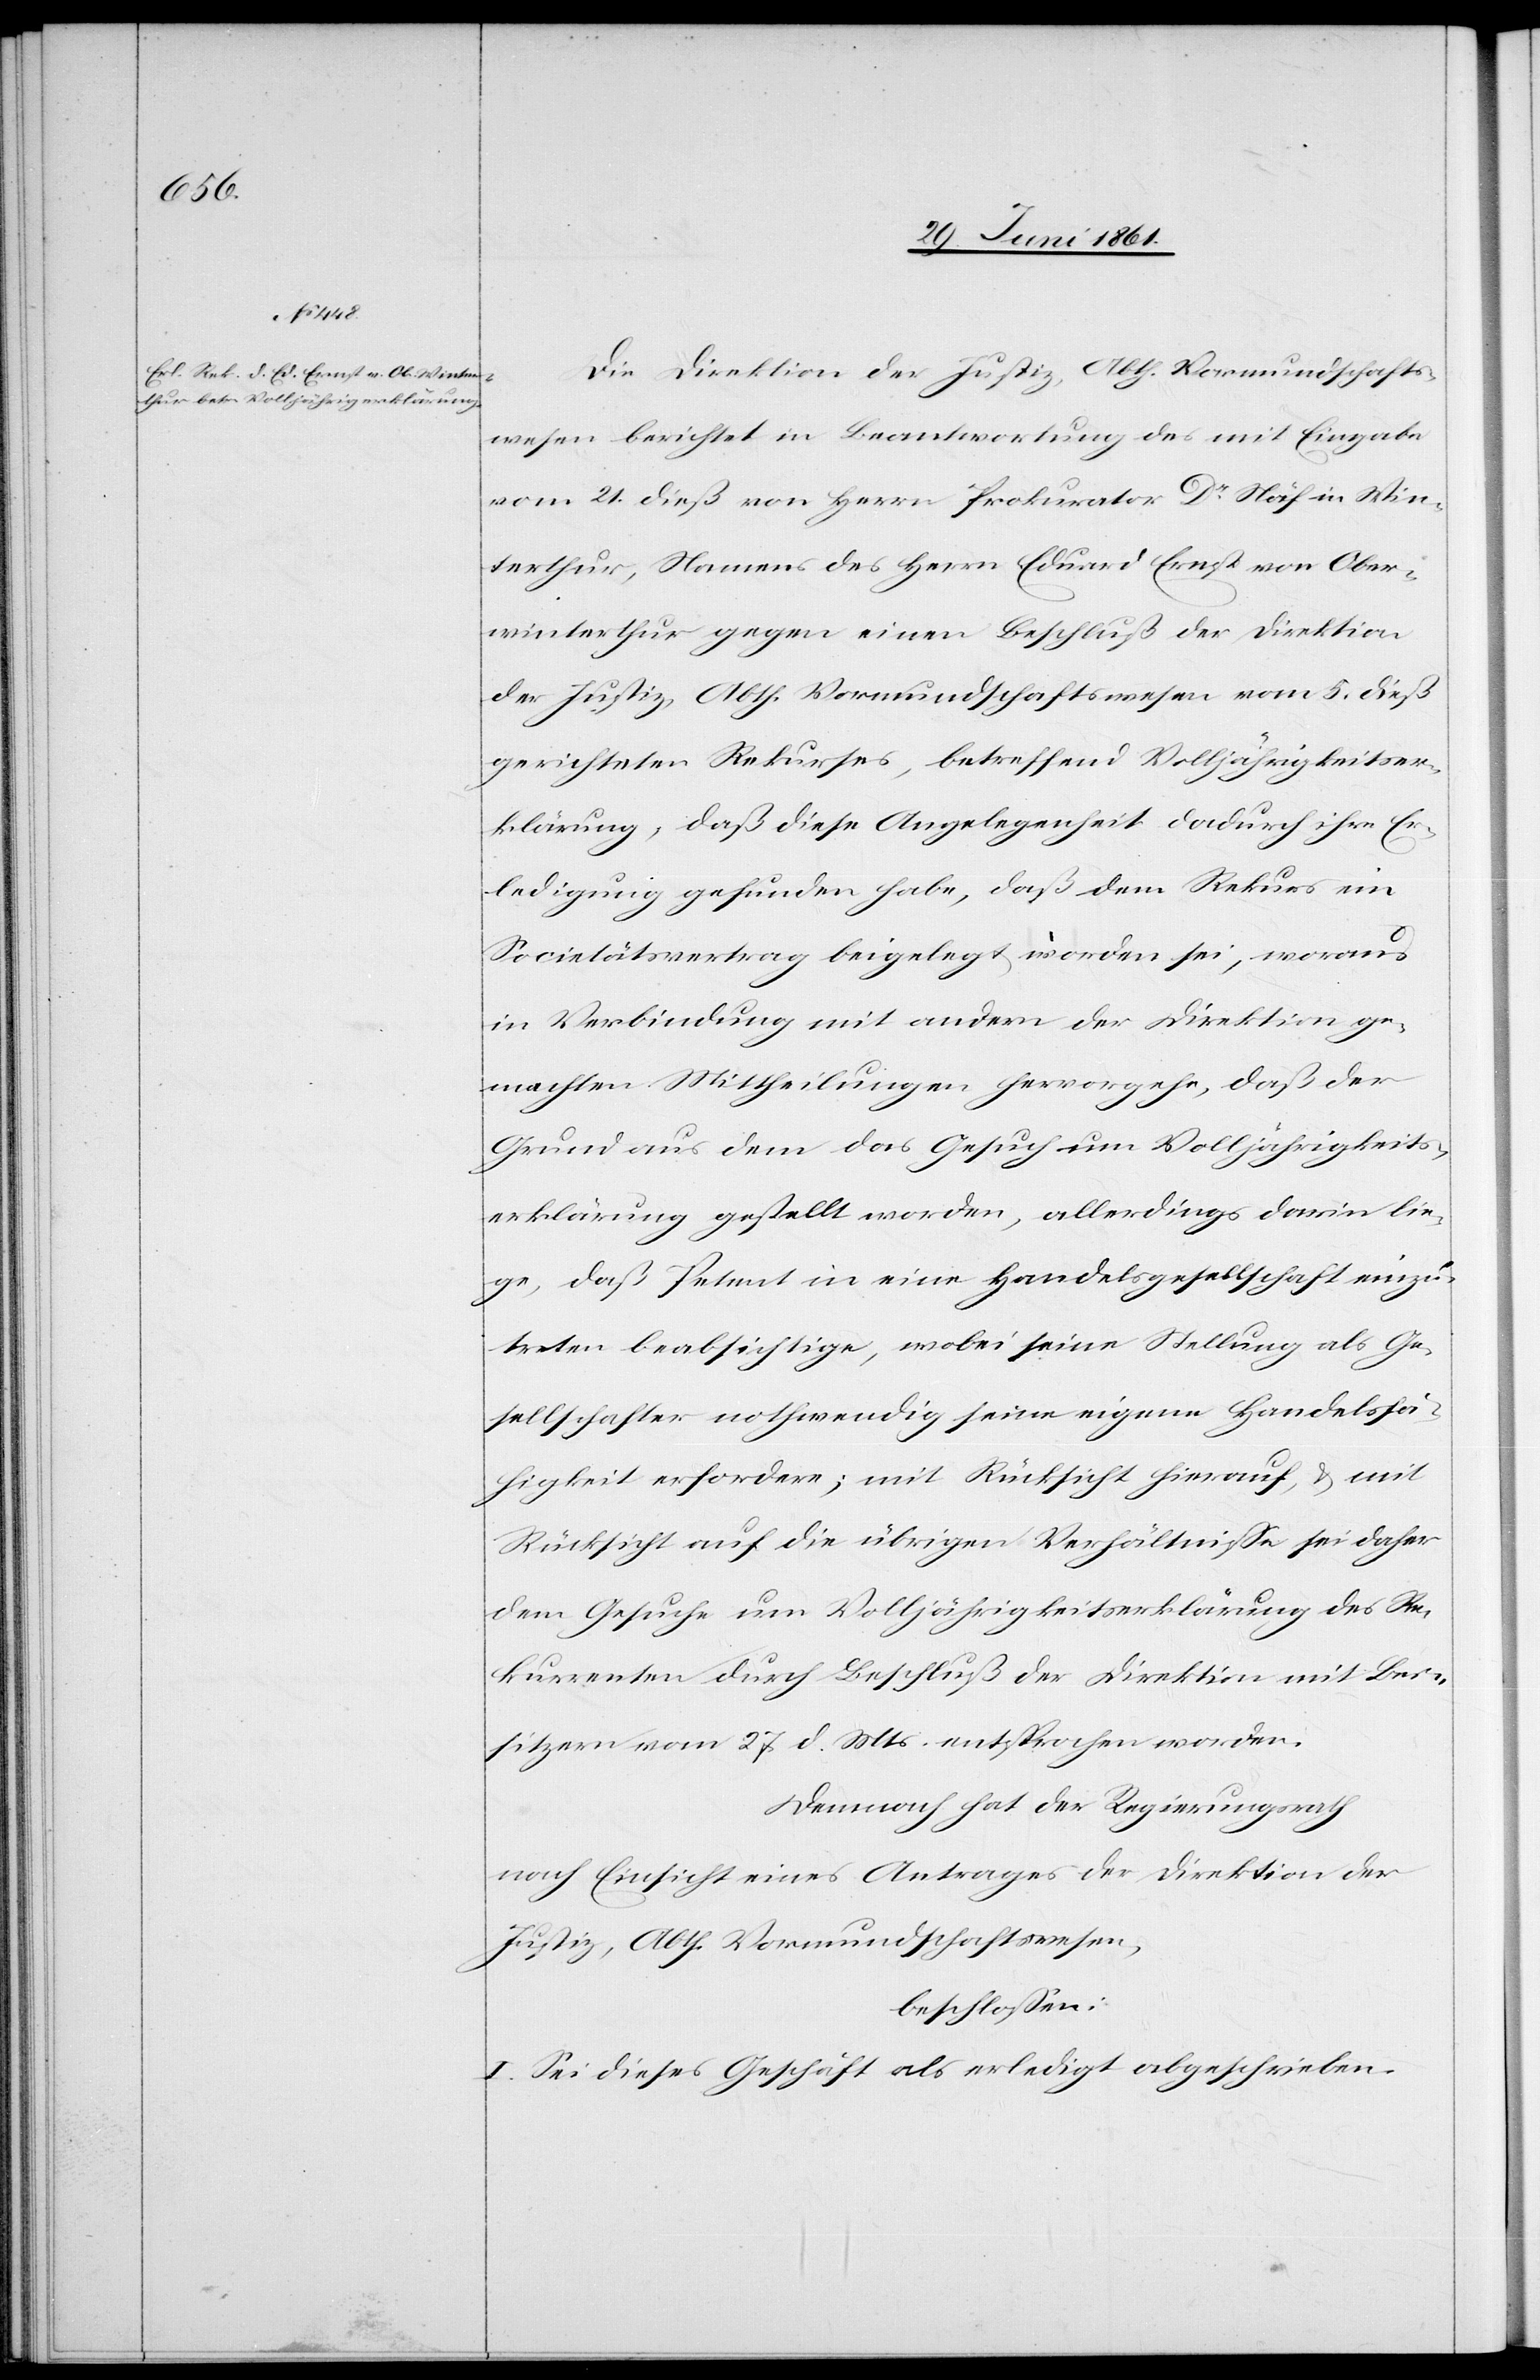
Die Direktion der Justiz, Abth. Vormundschafts¬
wesen berichtet in Beantwortung des mit Eingabe
vom 21. dieß von Herrn Prokurator Dr. Näf in Win¬
terthur, Namens des Herrn Eduard Ernst von Ober¬
winterthur gegen einen Beschluß der Direktion
der Jusitz, Abth. Vormundschaftswesen vom 5. dieß
gerichteten Rekurses, betreffend Volljährigkeitser¬
klärung, daß diese Angelegenheit dadurch ihre Er¬
ledigung gefunden habe, daß dem Rekurs ein
Societätsvertrag beigelegt worden sei, woraus
in Verbindung mit andern der Direktion ge¬
machten Mittheilungen hervorgehe, daß der
Grund aus dem das Gesuch um Volljährigkeits¬
erklärung gestellt worden, allerdings darin lie¬
ge, daß Petent in eine Handelsgesellschaft einzu¬
treten beabsichtige, wobei seine Stellung als Ge¬
sellschafter nothwendig seine eigene Handelsfä¬
higkeit erfordere; mit Rücksicht hierauf, u. mit
Rücksicht auf die übrigen Verhältnisse sei daher
dem Gesuche um Volljährigkeitserklärung des Re¬
kurrenten durch Beschluß der Direktion mit Bei¬
sitzern vom 27. d. Mts. entsprochen worden.
Demnach hat der Regierungsrath
nach Einsicht eines Antrages der Direktion der
Justiz, Abth. Vormundschaftswesen,
beschlossen:
I. Sei dieses Geschäft als erledigt abgeschrieben.